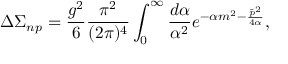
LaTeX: \Delta \Sigma _ { n p } = \frac { g ^ { 2 } } 6 \frac { \pi ^ { 2 } } { ( 2 \pi ) ^ { 4 } } \int _ { 0 } ^ { \infty } \frac { d \alpha } { \alpha ^ { 2 } } e ^ { - \alpha m ^ { 2 } - \frac { \tilde { p } ^ { 2 } } { 4 \alpha } } ,